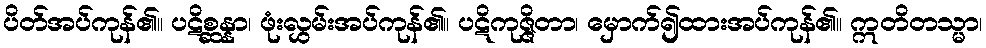
ပိတ်အပ်ကုန်၏။ ပဋိစ္ဆန္နာ၊ ဖုံးလွှမ်းအပ်ကုန်၏။ ပဋိကုဇ္ဇိတာ၊ မှောက်၍ထားအပ်ကုန်၏။ ဣတိတသ္မာ၊